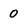
Character: 0